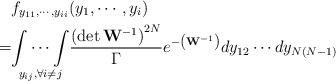
LaTeX: \begin{align*}&f_{y_{11},\cdots, y_{ii}}(y_1,\cdots, y_i) \\ =&\underset{y_{ij}, \forall i\neq j}{\int\cdots\int} \frac{\left(\det \mathbf{W}^{-1}\right)^{2N}}{\Gamma} e^{-\left(\mathbf{W}^{-1}\right)} dy_{12} \cdots dy_{N(N-1)}\end{align*}